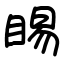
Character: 睗